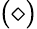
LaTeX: \mathrm{(\diamond)}